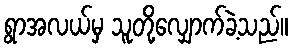
ရွာအလယ်မှ သူတို့လျှောက်ခဲ့သည်။